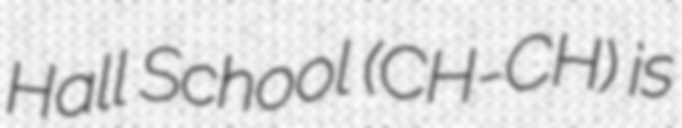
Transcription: Hall School (CH-CH) is